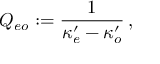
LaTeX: Q _ { e o } : = { \frac { 1 } { \kappa _ { e } ^ { \prime } - \kappa _ { o } ^ { \prime } } } \, ,